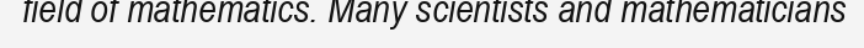
field of mathematics. Many scientists and mathematicians